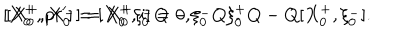
[ X _ { 0 } ^ { + } , p r ^ { \prime } ] = [ X _ { 0 } ^ { + } , i ] = 0 , \hspace { 1 c m } [ X _ { 0 } ^ { + } , X _ { 0 } ^ { - } ] = X _ { 0 } ^ { + } \xi _ { 0 } ^ { - } Q - \xi _ { 0 } ^ { - } Q \xi _ { 0 } ^ { + } Q - Q [ X _ { 0 } ^ { + } , \xi _ { 0 } ^ { - } ] .